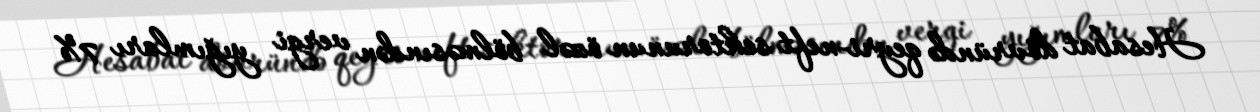
Hesabat dövründə qeyri-neft sektorunun özəl bölməsındən vergi yığımları 7%